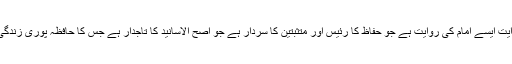
اس کے بر خلاف گیارہ کی روایت ایسے امام کی روایت ہے جو حفاظ کا رئیس اور متثبتین کا سردار ہے جو اصح الاسانید کا تاجدار ہے جس کا حافظہ پوری زندگی میں کبھی ایک لمحہ کے لئے